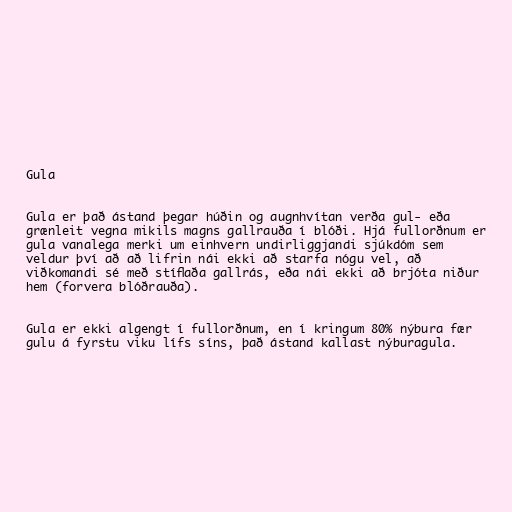
Gula

Gula er það ástand þegar húðin og augnhvítan verða gul- eða
grænleit vegna mikils magns gallrauða í blóði. Hjá fullorðnum er
gula vanalega merki um einhvern undirliggjandi sjúkdóm sem
veldur því að að lifrin nái ekki að starfa nógu vel, að
viðkomandi sé með stíflaða gallrás, eða nái ekki að brjóta niður
hem (forvera blóðrauða).

Gula er ekki algengt í fullorðnum, en í kringum 80% nýbura fær
gulu á fyrstu viku lífs síns, það ástand kallast nýburagula.